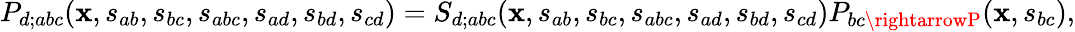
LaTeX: P_{d;abc}(\mathbf{x},s_{ab},s_{bc},s_{abc},s_{ad},s_{bd},s_{cd})=S_{d;abc}(\mathbf{x},s_{ab},s_{bc},s_{abc},s_{ad},s_{bd},s_{cd})P_{bc\rightarrowP}(\mathbf{x},s_{bc}),